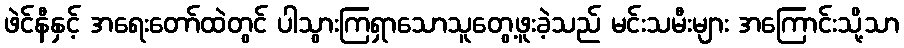
ဖဲင်နီနှင့် အရေးတော်ထဲတွင် ပါသွားကြရှာသောသူတွေ့ဖူးခဲ့သည် မင်းသမီးများ အကြောင်းသို့သာ